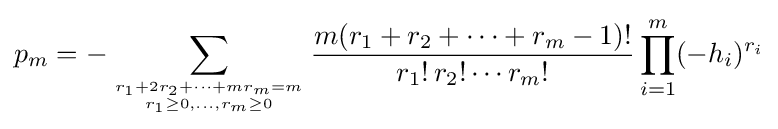
p_{m}=-\sum _{r_{1}+2r_{2}+\cdots +mr_{m}=m \atop r_{1}\geq 0,\ldots ,r_{m}\geq 0}{\frac {m(r_{1}+r_{2}+\cdots +r_{m}-1)!}{r_{1}!\,r_{2}!\cdots r_{m}!}}\prod _{i=1}^{m}(-h_{i})^{r_{i}}